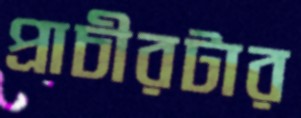
প্রাচীরটার